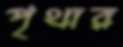
পৃথার